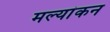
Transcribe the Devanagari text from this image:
मल्यांकन